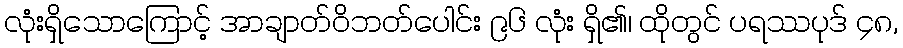
လုံးရှိသောကြောင့် အာချာတ်ဝိဘတ်ပေါင်း ၉၆ လုံး ရှိ၏၊ ထိုတွင် ပရဿပုဒ် ၄၈,